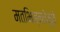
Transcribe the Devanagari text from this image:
मतभिन्नतेमुळे